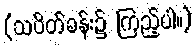
(သပိတ်ခန်း၌ ကြည့်ပါ။)